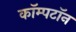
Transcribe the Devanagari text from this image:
कॉम्पटॉन